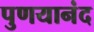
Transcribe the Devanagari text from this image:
पुणयानंद